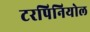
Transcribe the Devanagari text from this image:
टरपिनियोल